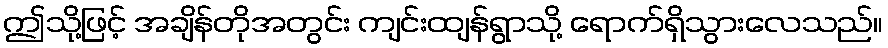
ဤသို့ဖြင့် အချိန်တိုအတွင်း ကျင်းထျန်ရွာသို့ ရောက်ရှိသွားလေသည်။